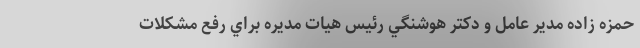
حمزه زاده مدير عامل و دكتر هوشنگي رئيس هيات مديره براي رفع مشكلات